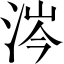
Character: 涔